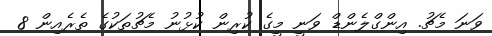
ވަނަ މެޗު. އިންގްލެންޑް ވަނީ މީގެ ކުރިން ކުޅުނު މެޗުތަކުގެ ތެރެއިން 8